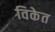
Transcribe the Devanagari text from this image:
विकेत